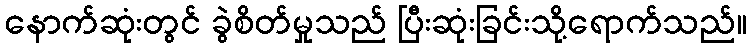
နောက်ဆုံးတွင် ခွဲစိတ်မှုသည် ပြီးဆုံးခြင်းသို့ရောက်သည်။